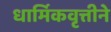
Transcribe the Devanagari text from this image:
धार्मिकवृत्तीने